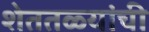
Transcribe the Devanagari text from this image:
शेततळ्यांची